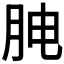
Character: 𰗅